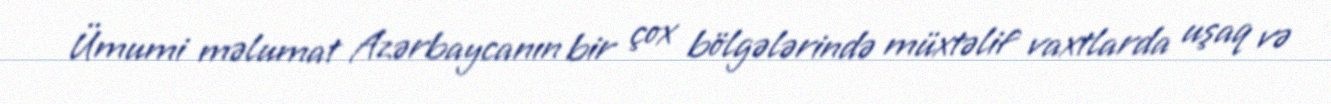
Ümumi məlumat Azərbaycanın bir çox bölgələrində müxtəlif vaxtlarda uşaq və